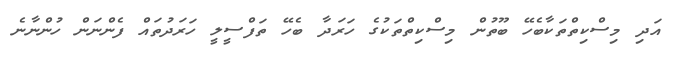
އަދި މިސްކިތްތަކާބެހޭ ބޫތުން މިސްކިތްތަކުގެ ހަރަދާ ބެހޭ ތަފްސީލީ ހަރަދުތައް ފެންނަން ހުންނާނެ